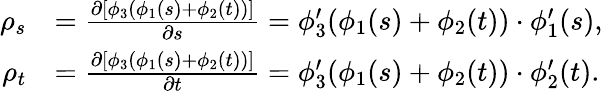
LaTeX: \begin{array}{rl}{\rho_{s}}&{=\frac{\partial[\phi_{3}(\phi_{1}(s)+\phi_{2}(t))]}{\partial s}=\phi_{3}^{\prime}(\phi_{1}(s)+\phi_{2}(t))\cdot\phi_{1}^{\prime}(s),}\\ {\rho_{t}}&{=\frac{\partial[\phi_{3}(\phi_{1}(s)+\phi_{2}(t))]}{\partial t}=\phi_{3}^{\prime}(\phi_{1}(s)+\phi_{2}(t))\cdot\phi_{2}^{\prime}(t).}\end{array}